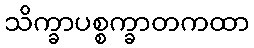
သိက္ခာပစ္စက္ခာတကထာ